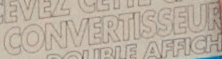
CONVERTISSEUR